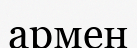
армен